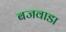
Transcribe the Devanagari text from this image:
बजवाडा